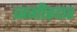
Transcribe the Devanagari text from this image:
जगीरदार